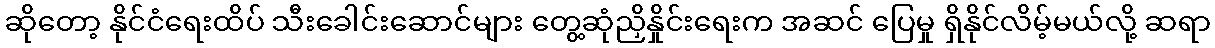
ဆိုတော့ နိုင်ငံရေးထိပ် သီးခေါင်းဆောင်များ တွေ့ဆုံညှိနှိုင်းရေးက အဆင် ပြေမှု ရှိနိုင်လိမ့်မယ်လို့ ဆရာ